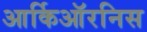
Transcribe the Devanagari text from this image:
आर्किऑरनिस